V__Kingissepa_nim__kolhoos, lk 49
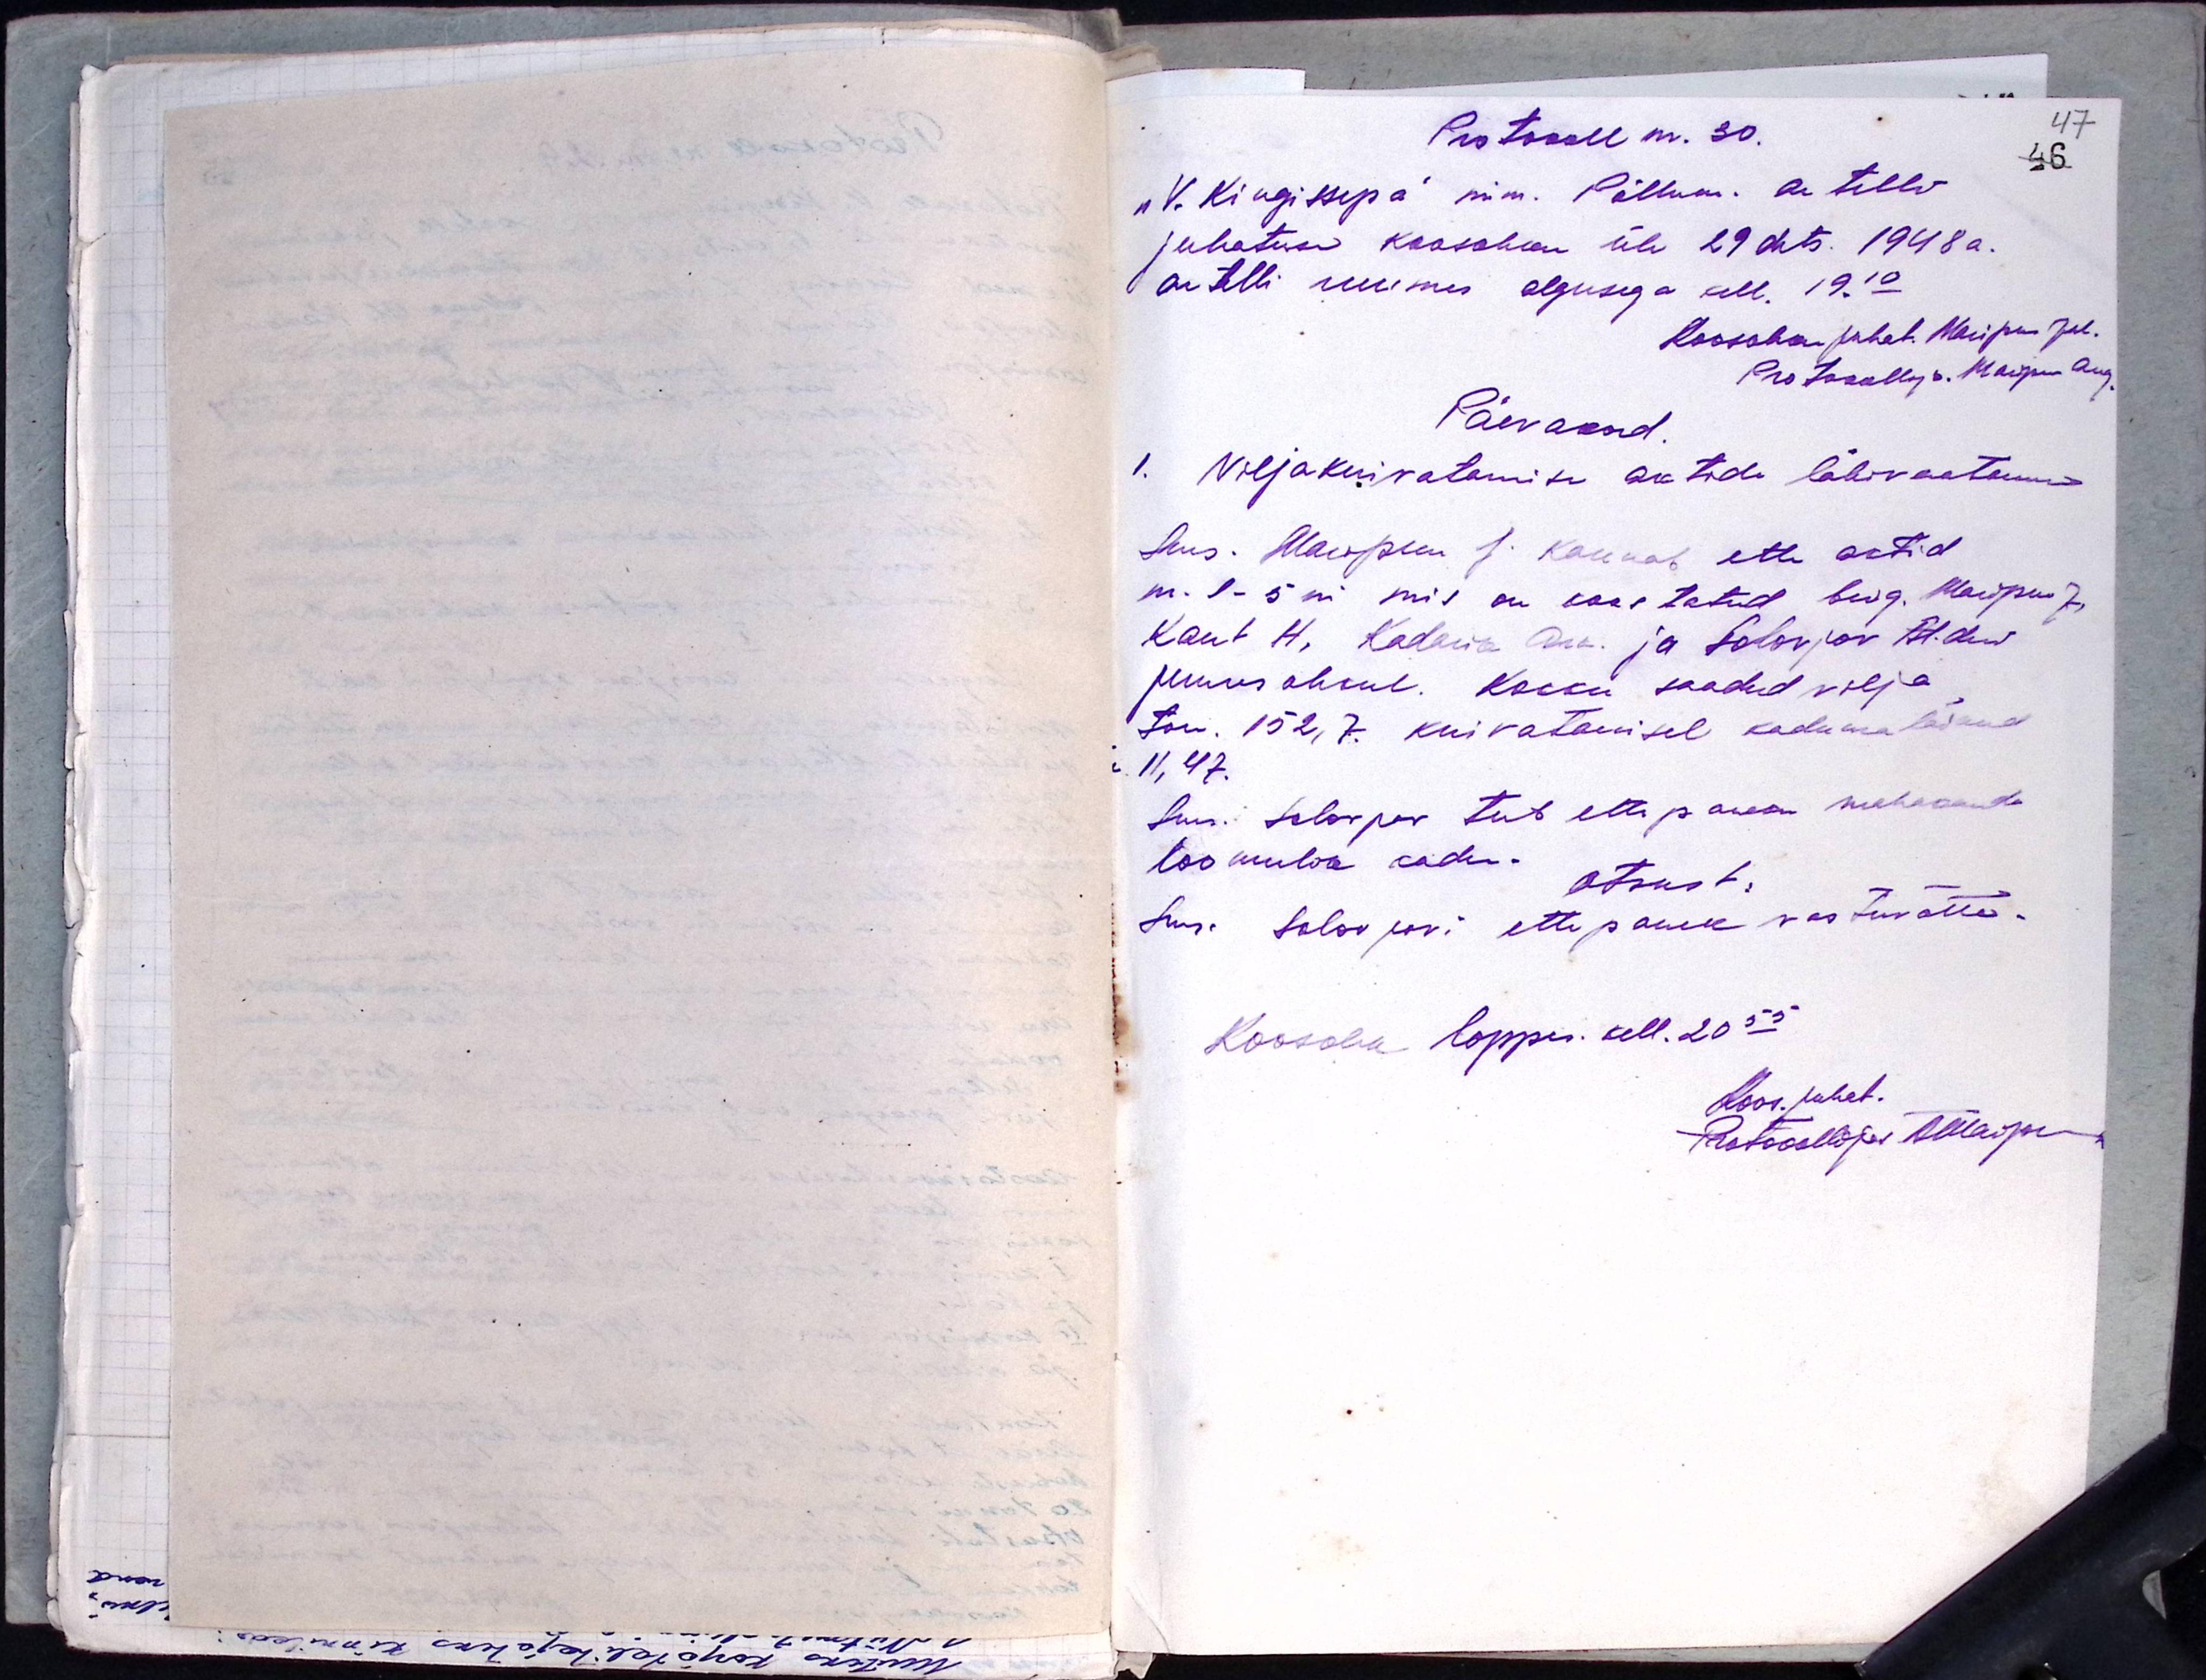
Protokoll nr. 30.
"V. Kingissepa" nim. Põllum. artellis
juhatuse koosoleku üle 29 dets. 1948a.
artelli ruumis algusega kell. 19.10
Koosoleku juhat. Maripuu Jul.
Protokollija. Maripuu Aug.
Päevakord
1. Viljakuivatamise aktide läbivaatamine
Sms. Maripuu J. kannab ette aktid
m. 1-5ni mis on koostatud brig. Maripuu J.
Kant H, Kadarik Ann. ja Solovjov Al-der
juuresolekul. Kokku saadud vilja
ton. 152,7. kuivatamisel kaduma läinud
11,47.
Sms. Solovjov teeb ettepaneku mahaarvutada
loomulik kadu.
otsust:
Sms Solovjovi ettepanek vastuvõtta
Koosolek lõppes kell. 20 55
Koos. juhat.
Protokollija. Allaip.